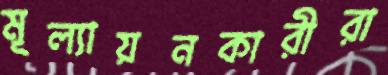
মূল্যায়নকারীরা